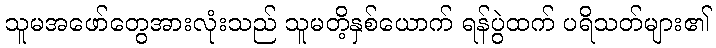
သူမအဖော်တွေအားလုံးသည် သူမတိ့နှစ်ယောက် ရန်ပွဲထက် ပရိသတ်များ၏